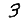
Digit: 3